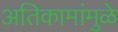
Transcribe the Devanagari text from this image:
अतिकामांमुळे